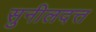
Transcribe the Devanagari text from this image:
सुनीलदत्त